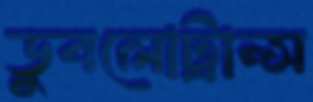
ডুবলোট্রান্স